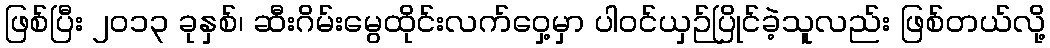
ဖြစ်ပြီး ၂၀၁၃ ခုနှစ်၊ ဆီးဂိမ်းမွေထိုင်းလက်ဝှေ့မှာ ပါဝင်ယှဉ်ပြိုင်ခဲ့သူလည်း ဖြစ်တယ်လို့